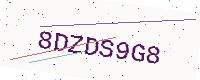
Text: 8DZDS9G8